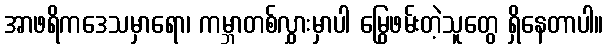
အာဖရိကဒေသမှာရော၊ ကမ္ဘာတစ်လွှားမှာပါ မြွေဖမ်းတဲ့သူတွေ ရှိနေတာပါ။